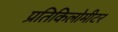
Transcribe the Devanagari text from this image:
प्रतिकिलोमीटर